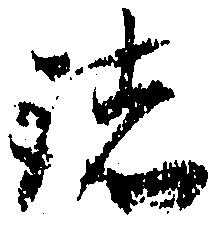
諸